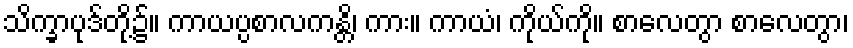
သိက္ခာပုဒ်တို့၌။ ကာယပ္ပစာလကန္တိ၊ ကား။ ကာယံ၊ ကိုယ်ကို။ စာလေတွာ စာလေတွာ၊